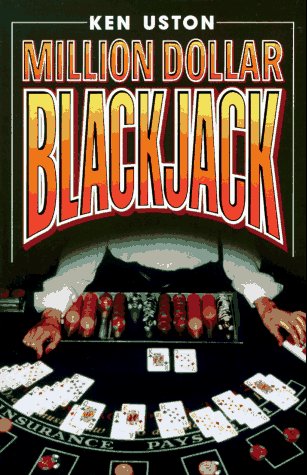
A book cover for Million Dollar Blackjack; Ken Uston; Humor & Entertainment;